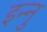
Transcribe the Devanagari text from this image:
इन्नु